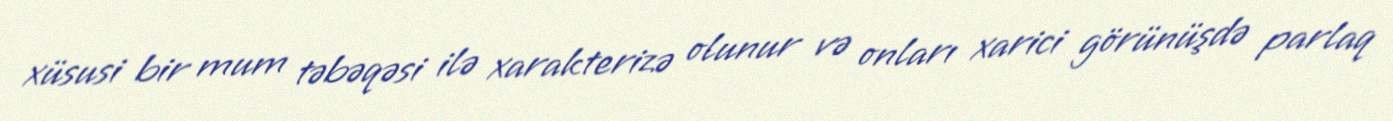
xüsusi bir mum təbəqəsi ilə xarakterizə olunur və onları xarici görünüşdə parlaq